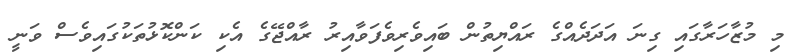
މި މުޒާހަރާގައި ގިނަ އަދަދެއްގެ ރައްޔިތުން ބައިވެރިވެފަވާއިރު ރާއްޖޭގެ އެކި ކަންކޮޅުތަކުގައިވެސް ވަނީ